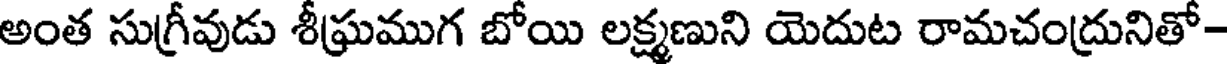
అంత సుగ్రీవుడు శీఘ్రముగ బోయి లక్ష్మణుని యెదుట రామచంద్రునితో-